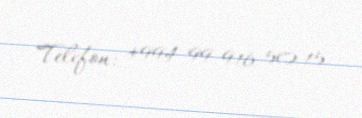
Telefon: +994 99 916 50 15